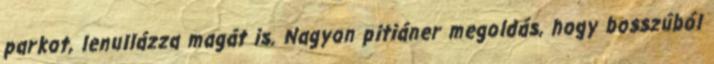
parkot, lenullázza magát is. Nagyon pitiáner megoldás, hogy bosszúból